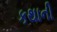
કથાની